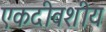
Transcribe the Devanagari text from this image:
एकदीवशीय